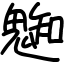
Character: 𩳦